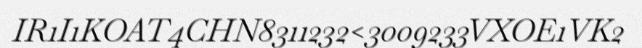
IR1I1KOAT4CHN8311232<3009233VXOE1VK2